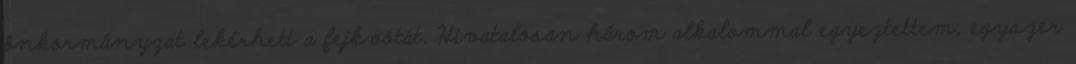
önkormányzat lekérheti a fejkvótát. Hivatalosan három alkalommal egyeztettem, egyszer